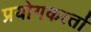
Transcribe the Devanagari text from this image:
प्रयोगकर्त्‍ता